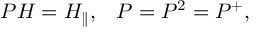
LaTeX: P { \cal H } = { \cal H } _ { \parallel } , \; \; \; P = P ^ { 2 } = P ^ { + } ,